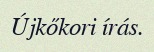
Újkőkori írás.